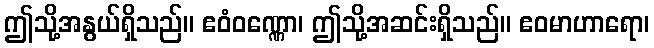
ဤသို့အနွယ်ရှိသည်။ ဧဝံဝဏ္ဏော၊ ဤသို့အဆင်းရှိသည်။ ဧဝမာဟာရော၊